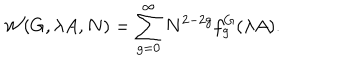
{ \cal W } ( G , \lambda A , N ) = \sum _ { g = 0 } ^ { \infty } N ^ { 2 - 2 g } f _ { g } ^ { G } ( \lambda A ) .